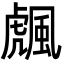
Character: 䬌